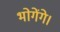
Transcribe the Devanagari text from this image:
भोगेंगे।